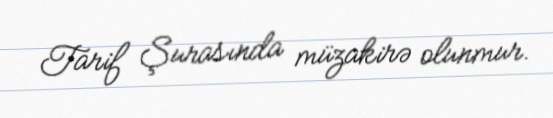
Tarif Şurasında müzakirə olunmur.